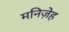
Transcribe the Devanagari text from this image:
मनिज़ेह